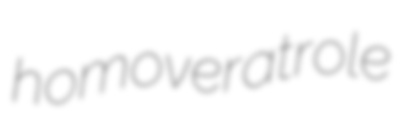
homoveratrole